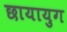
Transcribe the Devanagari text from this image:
छायायुग